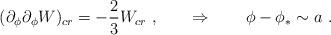
LaTeX: \begin{align*}(\partial_\phi \partial_\phi W)_{cr} = - {2\over 3} W_{cr}\ , \qquad \Rightarrow \qquad \phi - \phi_* \sim a \ . \end{align*}